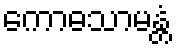
ကောဓသာမန္တံ